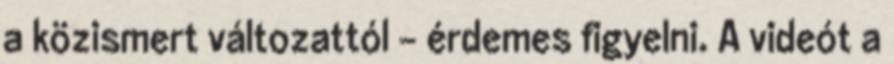
a közismert változattól - érdemes figyelni. A videót a